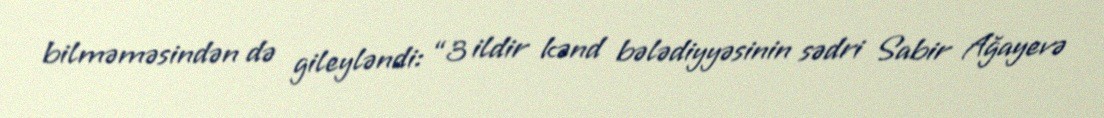
bilməməsindən də gileyləndi: “3 ildir kənd bələdiyyəsinin sədri Sabir Ağayevə